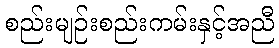
စည်းမျဉ်းစည်းကမ်းနှင့်အညီ